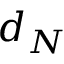
d _ { N }